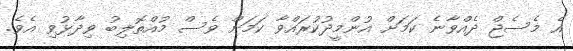
އެ މެސެޖް ދެއްވާނެ ކަމަށް އުންމީދުކުރައްވާ ކަމަށް ވެސް މުއްތޮލިބު ވިދާޅުވި އެވެ.